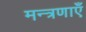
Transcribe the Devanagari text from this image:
मन्त्रणाएँ